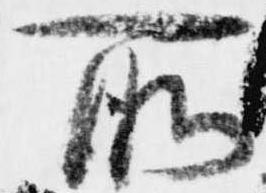
所